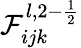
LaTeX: \mathcal{F}_{ijk}^{l,2-\frac{1}{2}}